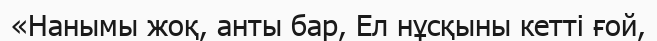
«Нанымы жоқ, анты бар, Ел нұсқыны кетті ғой,